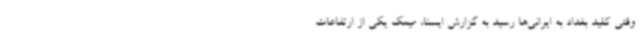
وقتی کلید بغداد به ایرانی‌ها رسید به گزارش ایسنا، میمک یکی از ارتفاعات